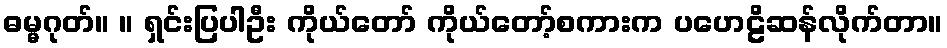
ဓမ္မဂုတ်။ ။ ရှင်းပြပါဦး ကိုယ်တော် ကိုယ်တော့်စကားက ပဟေဠိဆန်လိုက်တာ။